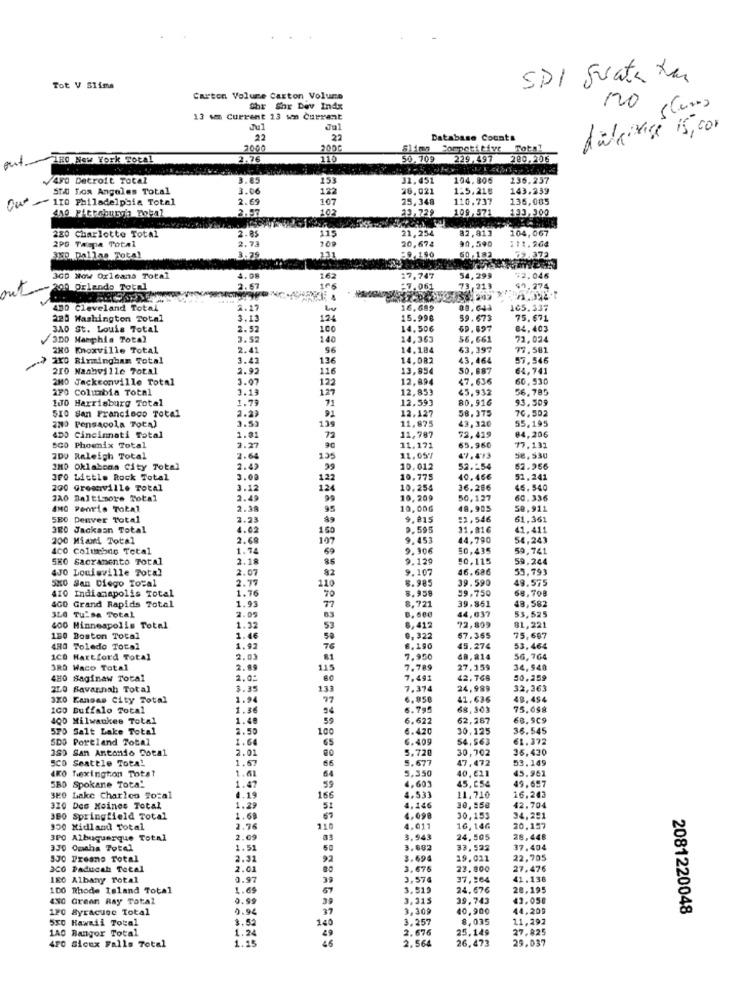
SDI Suate tan
Tot V Slims
Carton Volume Carton Volume
Shr Shr Dey Indx
120 ( Curs
13 om Current 23 wen Current
Tu1
Jul
dideinige 15,000
22
22
Database Counts
2000
el
Slimn Competitive Total
out
HO New York Total
2.76
110
50,709 229.497 280,206
/490 Detroit Total
3.85
153
31,451
104.806
136.257
STA Los Angeles Total
3.06
122
26.021
125.218
143.239
Our
110 Philadelphia Total
2.69
107
25,348
110.737
135,085
2.57
23,729
109,571
21,254
82,813
104,067
220 Charlotte Total
2.05
115
20.674
90,590
111.264
2PO Twopa Total
2.73
3x0. Dallas Total
2.150
60,183
3CD Now Orleans Total
1.08
162
17,747
54,299
72.046
out200 orlando Total
2.67
:7.061
73.313
$0.274
480 Cleveland Total
2.27
16.689
165.337
220 Washington Total
3.13
124
15.996
59.673
75.671
340 St. Louis Total
2.52
100
14,506
69.897
84, 403
/3DD Mamphia Total
3.52
140
14,363
56,661
71,024
2HO Knoxville Total
2.41
56
14,184
63,397
77.581
.) 2X0 Birmingham Total
3.42
136
14,082
43,464
57.546
210 Nashville Total
2.92
13,854
50,887
64,741
2MO Jacksonville Total
3.07
116
12,894
47.636
60,530
2F0 Colitabia Total
3.19
122
127
12,853
45,932
56.785
100 Harrisburg Total
1.79
12.593
80.916
93.509
2.29
71
58.375
70,502
510 San Francisco Total
3.53
12.127
43,320
55,195
220 Pensacola Total
135
11,875
72.419
84,206
4DO Cincinnati Total
2.27
1.01
72
11,787
65.960
SGO Phoenix Total
11,171
77.131
2DU Raleigh Total
7.64
195
11,057
47.413
5e, 530
1M0 Oklahoma City Total
2.42
10,012
52 .- 54
62.956
IF0 Little Rock Total
3.00
122
10,775
40.46€
51,241
200 Growville Total
3.12
124
10,254
36.286
46.540
2A0 Baltimore Total
2.49
99
10,209
50,127
60.336
AMO Pearle Total
2.39
10,00G
48,905
50,911
580 Denver Total
3.23
9,815
11,546
61,361
320 Jackasn Total
4.62
160
9.595
11.816
41.411
200 Miami Total
2.68
197
9,453
44,790
54,243
400 Columbus Tetal
1,74
69
9,306
50,435
59,741
SKO Sacramento Total
2.18
85
9.129
10.115
59.244
4J0 Louisville Total
2.07
9.10
46.686
53,793
SKO San Diego Total
2.77
82
8.985
39.590
49.575
410 Indianapolis Total
110
39.750
68,708
1.76
70
8.958
39.861
48,582
400 Grand Rapids Total
1.93
8,721
8, 680
44,637
53,525
SLO TU'sa Total
2.09
400 Minneapolis Total
1.32
53
6,412
72,809
81,221
180 Boston Total
1.46
50
0,322
57.365
75,687
4H0 Toledo Total
1.97
76
8.190
45.274
53.464
1CO Hartford Total
2.01
81
7.950
40, 814
56,764
3RD Waco Total
2.89
115
7.789
27.159
34,548
480 Saginaw Total
2,0%
7.491
42,768
50.259
210 Savannah Total
3.35
13]
7.374
24,989
32,363
320 Kansas City Total
1.94
77
6.858
41,636
48.454
ICO Buffalo Total
1.36
54
6.795
68,303
75.098
400 Milwaukee Total
1.48
59
6.622
62,287
68.9C9
570 Salt Lake Total
2.50
6.420
30,125
36.545
SDS Portland Total
1.64
6.409
54.563
61.372
18) San Antonio Dotal
2.01
65
30,702
16,430
SCO Seattle Total
1,67
5,720
5.677
47,472
53.149
4KO Lexington Total
66
5,350
45.961
1.61
64
4,603
40,621
45,654
49.657
580 Spokane Tota!
1.4
59
3KO Lake Charles Total
4.19
16
4.533
11.710
16,243
370 Des Moines Total
1.29
4.146
10,558
42.704
380 Springfield Total
1.69
4,098
30,153
34,251
350 Midland Total
2.76
4.011
16, 146
20,157
3PO Albuquerque Total
2.09
3.943
24,505
28,448
330 Omaha Total
1.51
3.882
33.523
37.404
530 Preano Total
2.31
92
3.694
19.021
22,705
3CG Paducah Total
2.01
3.675
23.800
27.476
18O Albany Total
0.97
3,574
37,164
41. 136
100 Rhode Island Total
1.69
39
3,519
24,676
28,195
480 Green Ray Total
0.99
39
3.315
39.743
43.050
120 Syracuse Total
0.94
37
3,309
40,900
44.209
2081220048
550 Hawaii Total
3.52
140
3.257
8,035
11,292
140 Bangor Total
1.24
2.676
25.149
27.825
1.25
2,564
26,473
29.037
4Fo Sicex Falls Total